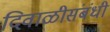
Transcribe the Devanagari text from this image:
दिवाळीसंबंधी